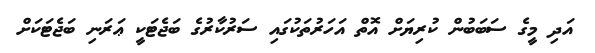
އަދި މީގެ ސަބަބުން ކުރިޔަށް އޮތް އަހަރުތަކުގައި ސަރުކާރުގެ ބަޖެޓަކީ ޢަރަނި ބަޖެޓަކަށް